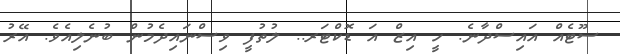
ސޫޓެއް އައިސްދާނެ. ހީ އިޒް އަ ޑޮކްޓަރ.. ލުތުފީ ވިސްނައިދެމުން ބުނެލިއެވެ. އޭރު